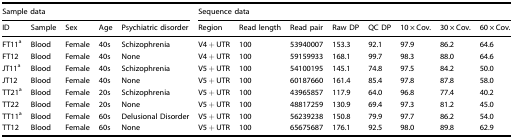
<table><thead><tr><td colspan="5"><b>Sample data</b></td><td colspan="8"><b>Sequence data</b></td></tr><tr><td><b>ID</b></td><td><b>Sample</b></td><td><b>Sex</b></td><td><b>Age</b></td><td><b>Psychiatric disorder</b></td><td><b>Region</b></td><td><b>Read length</b></td><td><b>Read pair</b></td><td><b>Raw DP</b></td><td><b>QC DP</b></td><td><b>10 × Cov.</b></td><td><b>30 × Cov.</b></td><td><b>60 × Cov.</b></td></tr></thead><tbody><tr><td>FT11<sup>a</sup></td><td>Blood</td><td>Female</td><td>40s</td><td>Schizophrenia</td><td>V4 + UTR</td><td>100</td><td>53940007</td><td>153.3</td><td>92.1</td><td>97.9</td><td>86.2</td><td>64.6</td></tr><tr><td>FT12</td><td>Blood</td><td>Female</td><td>40s</td><td>None</td><td>V4 + UTR</td><td>100</td><td>59159933</td><td>168.1</td><td>99.7</td><td>98.3</td><td>88.0</td><td>64.6</td></tr><tr><td>JT11<sup>a</sup></td><td>Blood</td><td>Female</td><td>40s</td><td>Schizophrenia</td><td>V5 + UTR</td><td>100</td><td>54100195</td><td>145.1</td><td>74.8</td><td>97.5</td><td>84.2</td><td>50.0</td></tr><tr><td>JT12</td><td>Blood</td><td>Female</td><td>40s</td><td>None</td><td>V5 + UTR</td><td>100</td><td>60187660</td><td>161.4</td><td>85.4</td><td>97.8</td><td>87.8</td><td>58.0</td></tr><tr><td>TT21<sup>a</sup></td><td>Blood</td><td>Female</td><td>20s</td><td>Schizophrenia</td><td>V5 + UTR</td><td>100</td><td>43965857</td><td>117.9</td><td>64.0</td><td>96.8</td><td>77.4</td><td>40.2</td></tr><tr><td>TT22</td><td>Blood</td><td>Female</td><td>20s</td><td>None</td><td>V5 + UTR</td><td>100</td><td>48817259</td><td>130.9</td><td>69.4</td><td>97.3</td><td>81.2</td><td>45.0</td></tr><tr><td>TT11<sup>a</sup></td><td>Blood</td><td>Female</td><td>60s</td><td>Delusional Disorder</td><td>V5 + UTR</td><td>100</td><td>56239238</td><td>150.8</td><td>79.9</td><td>97.7</td><td>86.2</td><td>54.0</td></tr><tr><td>TT12</td><td>Blood</td><td>Female</td><td>60s</td><td>None</td><td>V5 + UTR</td><td>100</td><td>65675687</td><td>176.1</td><td>92.5</td><td>98.0</td><td>89.8</td><td>62.9</td></tr></tbody></table>